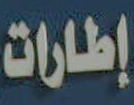
إطارات